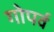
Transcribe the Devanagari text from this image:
गोपर्व